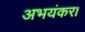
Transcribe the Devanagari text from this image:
अभयंकर।